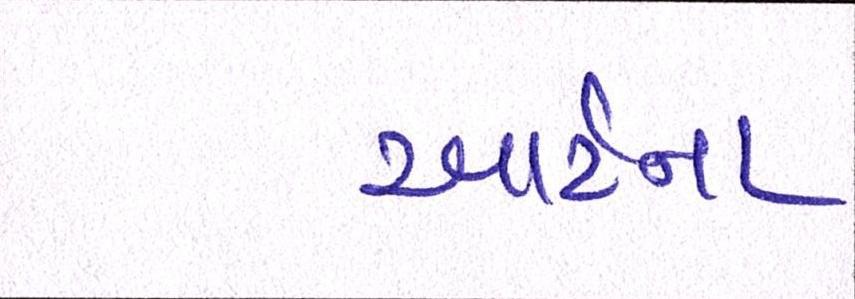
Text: આર્ટના